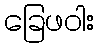
ခြေဖဝါး